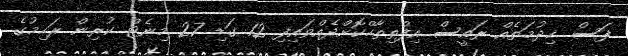
ފަސް ޚިދުމަތެއް ރައީސް އިފްތިތާހްކޮށްދެއްވައިފި 12 ގަޑި 27 މިނެޓް ކުރިން ރަހިމުގެ